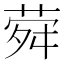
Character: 𦲋